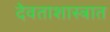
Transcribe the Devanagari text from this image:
देवताशास्त्रात